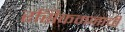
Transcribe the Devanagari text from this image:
रसिकमनाची